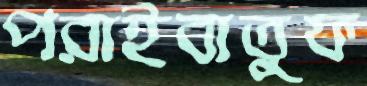
পরাইবাতুফ